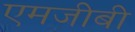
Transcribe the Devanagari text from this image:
एमजीबी